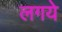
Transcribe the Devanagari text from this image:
लगये